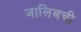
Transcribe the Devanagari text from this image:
जालिबची